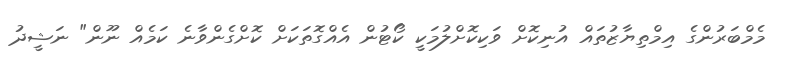
މެމްބަރުންގެ އިމްތިޔާޒުތައް އުނިކޮށް ވަކިކޮށްލުމަކީ ކޯޓުން އެއްގޮތަކަށް ކޮށްގެންވާނެ ކަމެއް ނޫން" ނަޝީދު